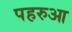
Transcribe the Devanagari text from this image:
पहरुआ